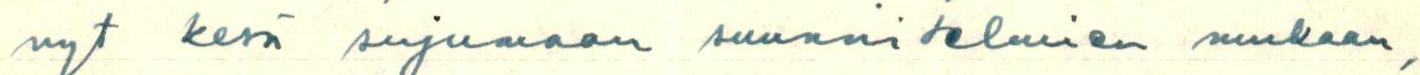
nyt kesä sujumaan suunnitelmien mukaan,